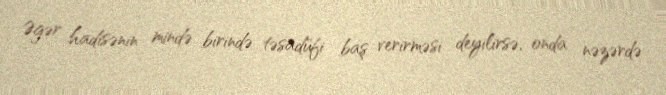
Əgər hadisənin mində birində təsadüfi baş verirməsi deyilirsə, onda nəzərdə